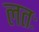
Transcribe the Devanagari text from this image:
लतः